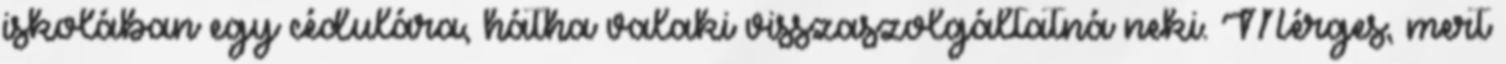
iskolában egy cédulára, hátha valaki visszaszolgáltatná neki. Mérges, mert